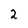
Character: 2